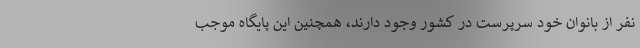
نفر از بانوان خود سرپرست در کشور وجود دارند، همچنین این پایگاه موجب